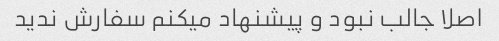
اصلا جالب نبود و پیشنهاد میکنم سفارش ندید